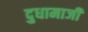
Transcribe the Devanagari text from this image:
दुधामाजीं